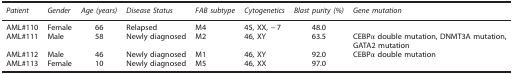
<table><thead><tr><td><b><i>Patient</i></b></td><td><b><i>Gender</i></b></td><td><b><i>Age (years)</i></b></td><td><b><i>Disease Status</i></b></td><td><b><i>FAB subtype</i></b></td><td><b><i>Cytogenetics</i></b></td><td><b><i>Blast purity (%)</i></b></td><td><b><i>Gene mutation</i></b></td></tr></thead><tbody><tr><td>AML#110</td><td>Female</td><td>66</td><td>Relapsed</td><td>M4</td><td>45, XX, −7</td><td>48.0</td><td> </td></tr><tr><td>AML#111</td><td>Male</td><td>58</td><td>Newly diagnosed</td><td>M2</td><td>46, XY</td><td>63.5</td><td>CEBPα double mutation, DNMT3A mutation, GATA2 mutation</td></tr><tr><td>AML#112</td><td>Male</td><td>46</td><td>Newly diagnosed</td><td>M1</td><td>46, XY</td><td>92.0</td><td>CEBPα double mutation</td></tr><tr><td>AML#113</td><td>Female</td><td>10</td><td>Newly diagnosed</td><td>M5</td><td>46, XX</td><td>97.0</td><td> </td></tr></tbody></table>